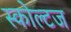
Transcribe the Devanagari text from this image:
स्कोल्टज